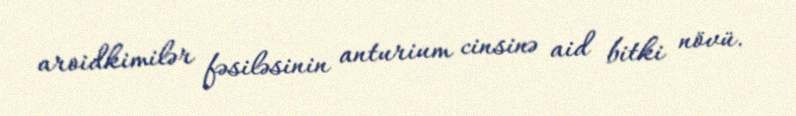
aroidkimilər fəsiləsinin anturium cinsinə aid bitki növü.